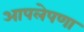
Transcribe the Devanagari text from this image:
आपलेपणा